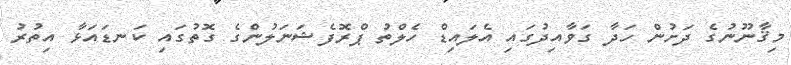
މިޤާނޫނުގެ ދަށުން ހަދާ ގަވާއިދުގައި އެލައިޑް ހެލްތު ޕްރޮފެޝަނަލުންގެ ގޮތުގައި ކަނޑައަޅާ އިތުރު